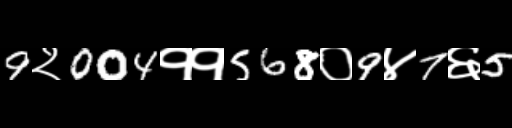
Text: 9२004११568०9४7६5